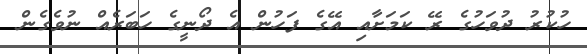
ހުކުރު ދުވަހުގެ ރޭ ކަމަށާއި އޭގެ ފަހުން އެ ދޯނީގެ ހަބަރެއް ނުވެގެން